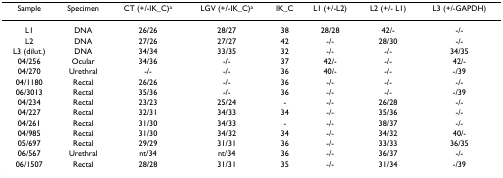
<table><thead><tr><td><b>Sample</b></td><td><b>Specimen</b></td><td><b>CT (+/-IK_C)<sup>a</sup></b></td><td><b>LGV (+/-IK_C)<sup>a</sup></b></td><td><b>IK_C</b></td><td><b>L1 (+/-L2)</b></td><td><b>L2 (+/- L1)</b></td><td><b>L3 (+/-GAPDH)</b></td></tr></thead><tbody><tr><td>L1</td><td>DNA</td><td>26/26</td><td>28/27</td><td>38</td><td>28/28</td><td>42/-</td><td>-/-</td></tr><tr><td>L2</td><td>DNA</td><td>27/26</td><td>27/27</td><td>42</td><td>-/-</td><td>28/30</td><td>-/-</td></tr><tr><td>L3 (dilut.)</td><td>DNA</td><td>34/34</td><td>33/35</td><td>32</td><td>-/-</td><td>-/-</td><td>34/35</td></tr><tr><td>04/256</td><td>Ocular</td><td>34/36</td><td>-/-</td><td>37</td><td>42/-</td><td>-/-</td><td>42/-</td></tr><tr><td>04/270</td><td>Urethral</td><td>-/-</td><td>-/-</td><td>36</td><td>40/-</td><td>-/-</td><td>-/39</td></tr><tr><td>04/1180</td><td>Rectal</td><td>26/26</td><td>-/-</td><td>36</td><td>-/-</td><td>-/-</td><td>-/-</td></tr><tr><td>06/3013</td><td>Rectal</td><td>35/36</td><td>-/-</td><td>36</td><td>-/-</td><td>-/-</td><td>-/39</td></tr><tr><td>04/234</td><td>Rectal</td><td>23/23</td><td>25/24</td><td>-</td><td>-/-</td><td>26/28</td><td>-/-</td></tr><tr><td>04/227</td><td>Rectal</td><td>32/31</td><td>34/33</td><td>34</td><td>-/-</td><td>35/36</td><td>-/-</td></tr><tr><td>04/261</td><td>Rectal</td><td>31/30</td><td>34/33</td><td>-</td><td>-/-</td><td>38/37</td><td>-/-</td></tr><tr><td>04/985</td><td>Rectal</td><td>31/30</td><td>34/32</td><td>34</td><td>-/-</td><td>34/32</td><td>40/-</td></tr><tr><td>05/697</td><td>Rectal</td><td>29/29</td><td>31/31</td><td>36</td><td>-/-</td><td>33/33</td><td>36/35</td></tr><tr><td>06/567</td><td>Urethral</td><td>nt/34</td><td>nt/34</td><td>36</td><td>-/-</td><td>36/37</td><td>-/-</td></tr><tr><td>06/1507</td><td>Rectal</td><td>28/28</td><td>31/31</td><td>35</td><td>-/-</td><td>31/34</td><td>-/39</td></tr></tbody></table>